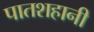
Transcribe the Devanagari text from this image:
पातशहानी